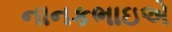
નાનકભાઇએ